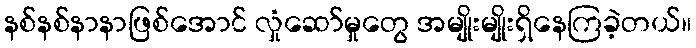
နစ်နစ်နာနာဖြစ်အောင် လှုံဆော်မှုတွေ အမျိုးမျိုးရှိနေကြခဲ့တယ်။